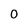
Character: 0